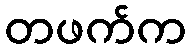
တဖက်က